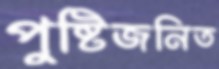
পুষ্টিজনিত